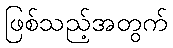
ဖြစ်သည့်အတွက်